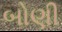
બોણી